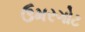
ઉમરગોટ